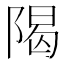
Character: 𫕈